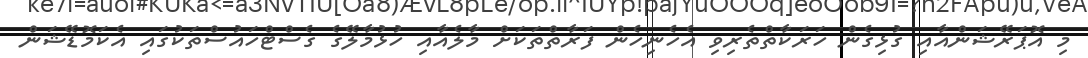
މި އޮޕަރޭޝަންއާއި ގުޅިގެން ހަރަކާތްތެރިވި އެހެނިހެން ފަރާތްތަކަށް މާލެއާއި ހުޅުމާލޭގެ ގެސްޓްހައުސްތަކުގައި އެކަމޮޑޭޝަން